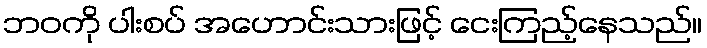
ဘဝကို ပါးစပ် အဟောင်းသားဖြင့် ငေးကြည့်နေသည်။